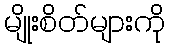
မျိုးစိတ်များကို